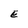
Character: E